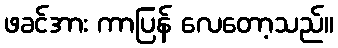
ဖခင်အား ကာပြန် လေတော့သည်။